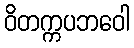
ဝိတက္ကပဘဝေါ